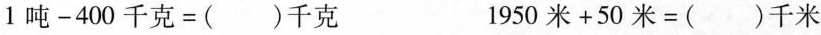
$$1 吨 - 4 0 0 千 克 = ( ) 千 克$$ $$1 9 5 0 米 + 5 0 米 = ( ) 千 米$$